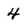
Character: 4